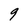
Character: 9